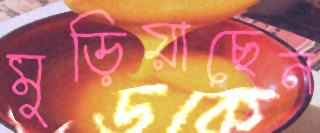
মুড়িয়াছেন